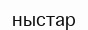
ныстар